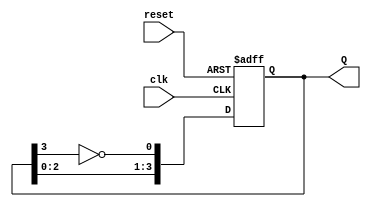
module johnson_counter (
    input wire clk,         // Clock input
    input wire reset,       // Asynchronous reset input (active low)
    output reg [3:0] Q      // 4-bit output representing the counter state
);

// Always block triggered on the rising edge of the clock or on reset
always @(posedge clk or negedge reset) begin
    if (!reset) begin
        // Asynchronous reset: set all outputs to 0
        Q <= 4'b0000;
    end else begin
        // Johnson counter logic
        Q[0] <= ~Q[3];      // Invert the last flip-flop output to feed into the first
        Q[1] <= Q[0];       // Shift the output of Q[0] to Q[1]
        Q[2] <= Q[1];       // Shift the output of Q[1] to Q[2]
        Q[3] <= Q[2];       // Shift the output of Q[2] to Q[3]
    end
end

endmodule